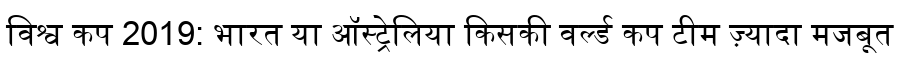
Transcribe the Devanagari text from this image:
विश्व कप 2019: भारत या ऑस्ट्रेलिया किसकी वर्ल्ड कप टीम ज़्यादा मजबूत